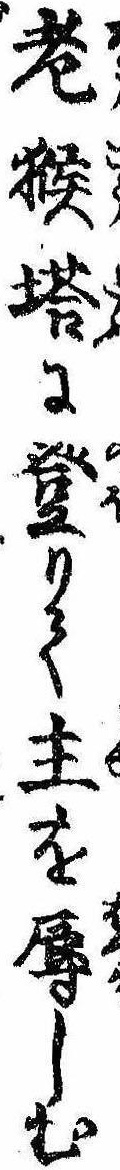
老猴塔に登りて主を辱しむ